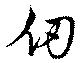
仞